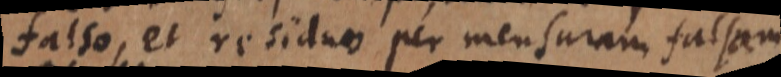
falso, et residuo per mensuram falsam